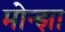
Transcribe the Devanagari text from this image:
मोन्झा